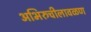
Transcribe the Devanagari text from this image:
अभिरुचीलावळण